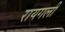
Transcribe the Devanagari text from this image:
रायगली